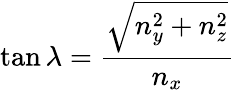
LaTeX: \tan\lambda=\frac{\sqrt{n_{y}^{2}+n_{z}^{2}}}{n_{x}}